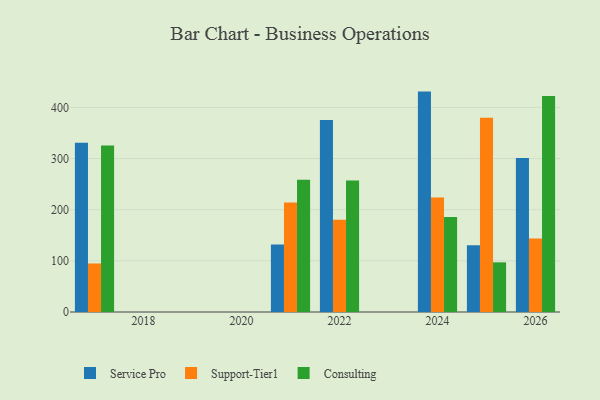
{"axis": {"x": "Year", "y": "Temperature (°C)"}, "legend": ["Consulting", "Service Pro", "Support-Tier1"], "data": [{"x": "2026", "y": 301.3, "type": "Service Pro"}, {"x": "2026", "y": 143.9, "type": "Support-Tier1"}, {"x": "2026", "y": 422.5, "type": "Consulting"}, {"x": "2017", "y": 330.9, "type": "Service Pro"}, {"x": "2017", "y": 94.9, "type": "Support-Tier1"}, {"x": "2017", "y": 325.6, "type": "Consulting"}, {"x": "2025", "y": 130.5, "type": "Service Pro"}, {"x": "2025", "y": 379.6, "type": "Support-Tier1"}, {"x": "2025", "y": 97.1, "type": "Consulting"}, {"x": "2022", "y": 375.3, "type": "Service Pro"}, {"x": "2022", "y": 180.6, "type": "Support-Tier1"}, {"x": "2022", "y": 257.2, "type": "Consulting"}, {"x": "2024", "y": 430.9, "type": "Service Pro"}, {"x": "2024", "y": 224.0, "type": "Support-Tier1"}, {"x": "2024", "y": 185.5, "type": "Consulting"}, {"x": "2021", "y": 132.0, "type": "Service Pro"}, {"x": "2021", "y": 214.1, "type": "Support-Tier1"}, {"x": "2021", "y": 258.6, "type": "Consulting"}]}